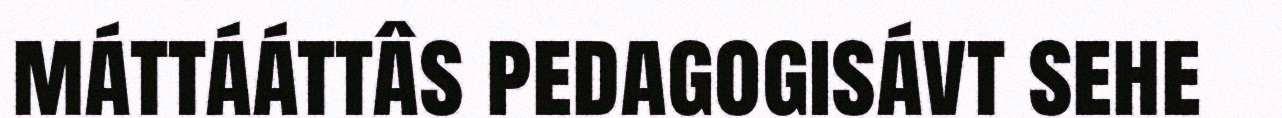
máttááttâs pedagogisávt sehe